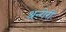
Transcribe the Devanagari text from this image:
श्रन्गेरी